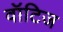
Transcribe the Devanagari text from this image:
वॉटिज